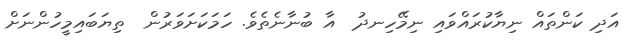
އަދި ކަންތައް ނިޔާކުރައްވައި ނިމޭހިނދު  އާ ބުނާނެތެވެ. ހަމަކަށަވަރުން  ތިޔަބައިމީހުންނަށް